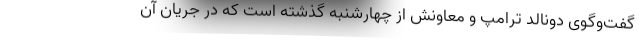
گفت‌وگوی دونالد ترامپ و معاونش از چهارشنبه گذشته است که در جریان آن